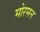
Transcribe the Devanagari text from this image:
मोरमन